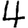
Digit: 4